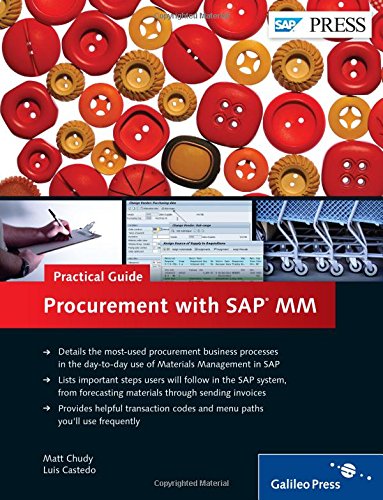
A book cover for Procurement with SAP MM - Practical Guide; Matt Chudy; Business & Money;